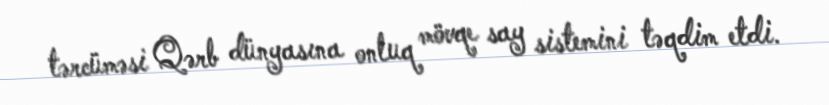
tərcüməsi Qərb dünyasına onluq mövqe say sistemini təqdim etdi.